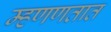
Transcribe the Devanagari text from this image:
म्हणणतात